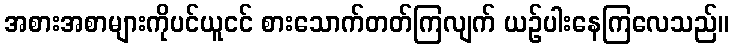
အစားအစာများကိုပင်ယူငင် စားသောက်တတ်ကြလျက် ယဉ်ပါးနေကြလေသည်။